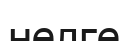
нелге